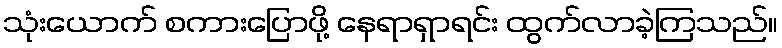
သုံးယောက် စကားပြောဖို့ နေရာရှာရင်း ထွက်လာခဲ့ကြသည်။